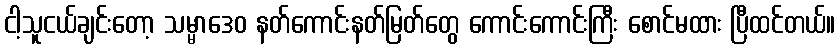
ငါ့သူငယ်ချင်းတော့ သမ္မာဒေဝ နတ်ကောင်းနတ်မြတ်တွေ ကောင်းကောင်းကြီး စောင်မထား ပြီထင်တယ်။